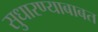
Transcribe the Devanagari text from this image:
सुधारण्याबाबत